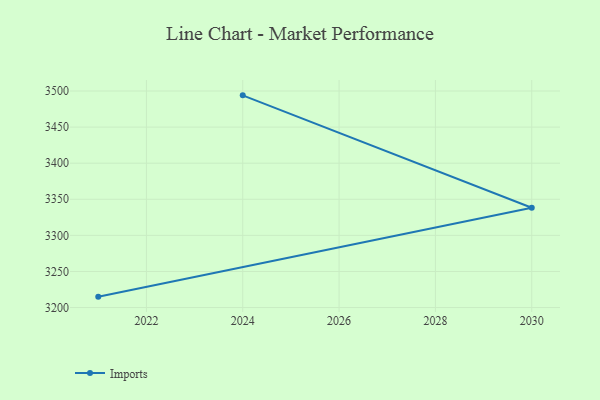
{"axis": {"x": "Year", "y": "Waste Production (Tons)"}, "legend": ["Imports"], "data": [{"x": "2021", "y": 3215.1, "type": "Imports"}, {"x": "2030", "y": 3338.2, "type": "Imports"}, {"x": "2024", "y": 3494.0, "type": "Imports"}]}